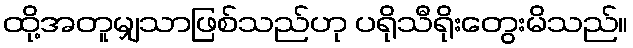
ထို့အတူမျှသာဖြစ်သည်ဟု ပရိုသီရိုးတွေးမိသည်။